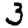
Digit: 3